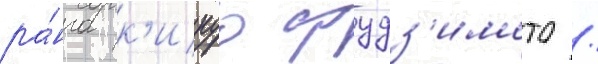
ра́нга к'икуо фудз'имото /